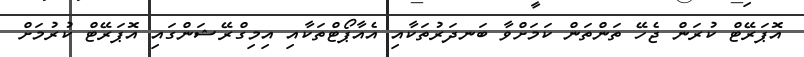
އޮޕަރޭޓް ކުރަން ޖެހޭ ތަންތަން ކަމަށްވާ ބަނދަރުތަކާއި އެއާޕޯޓްތަކާއި އިމިގްރޭޝަންގައި އޮޕަރޭޓް ކުރުމަށް